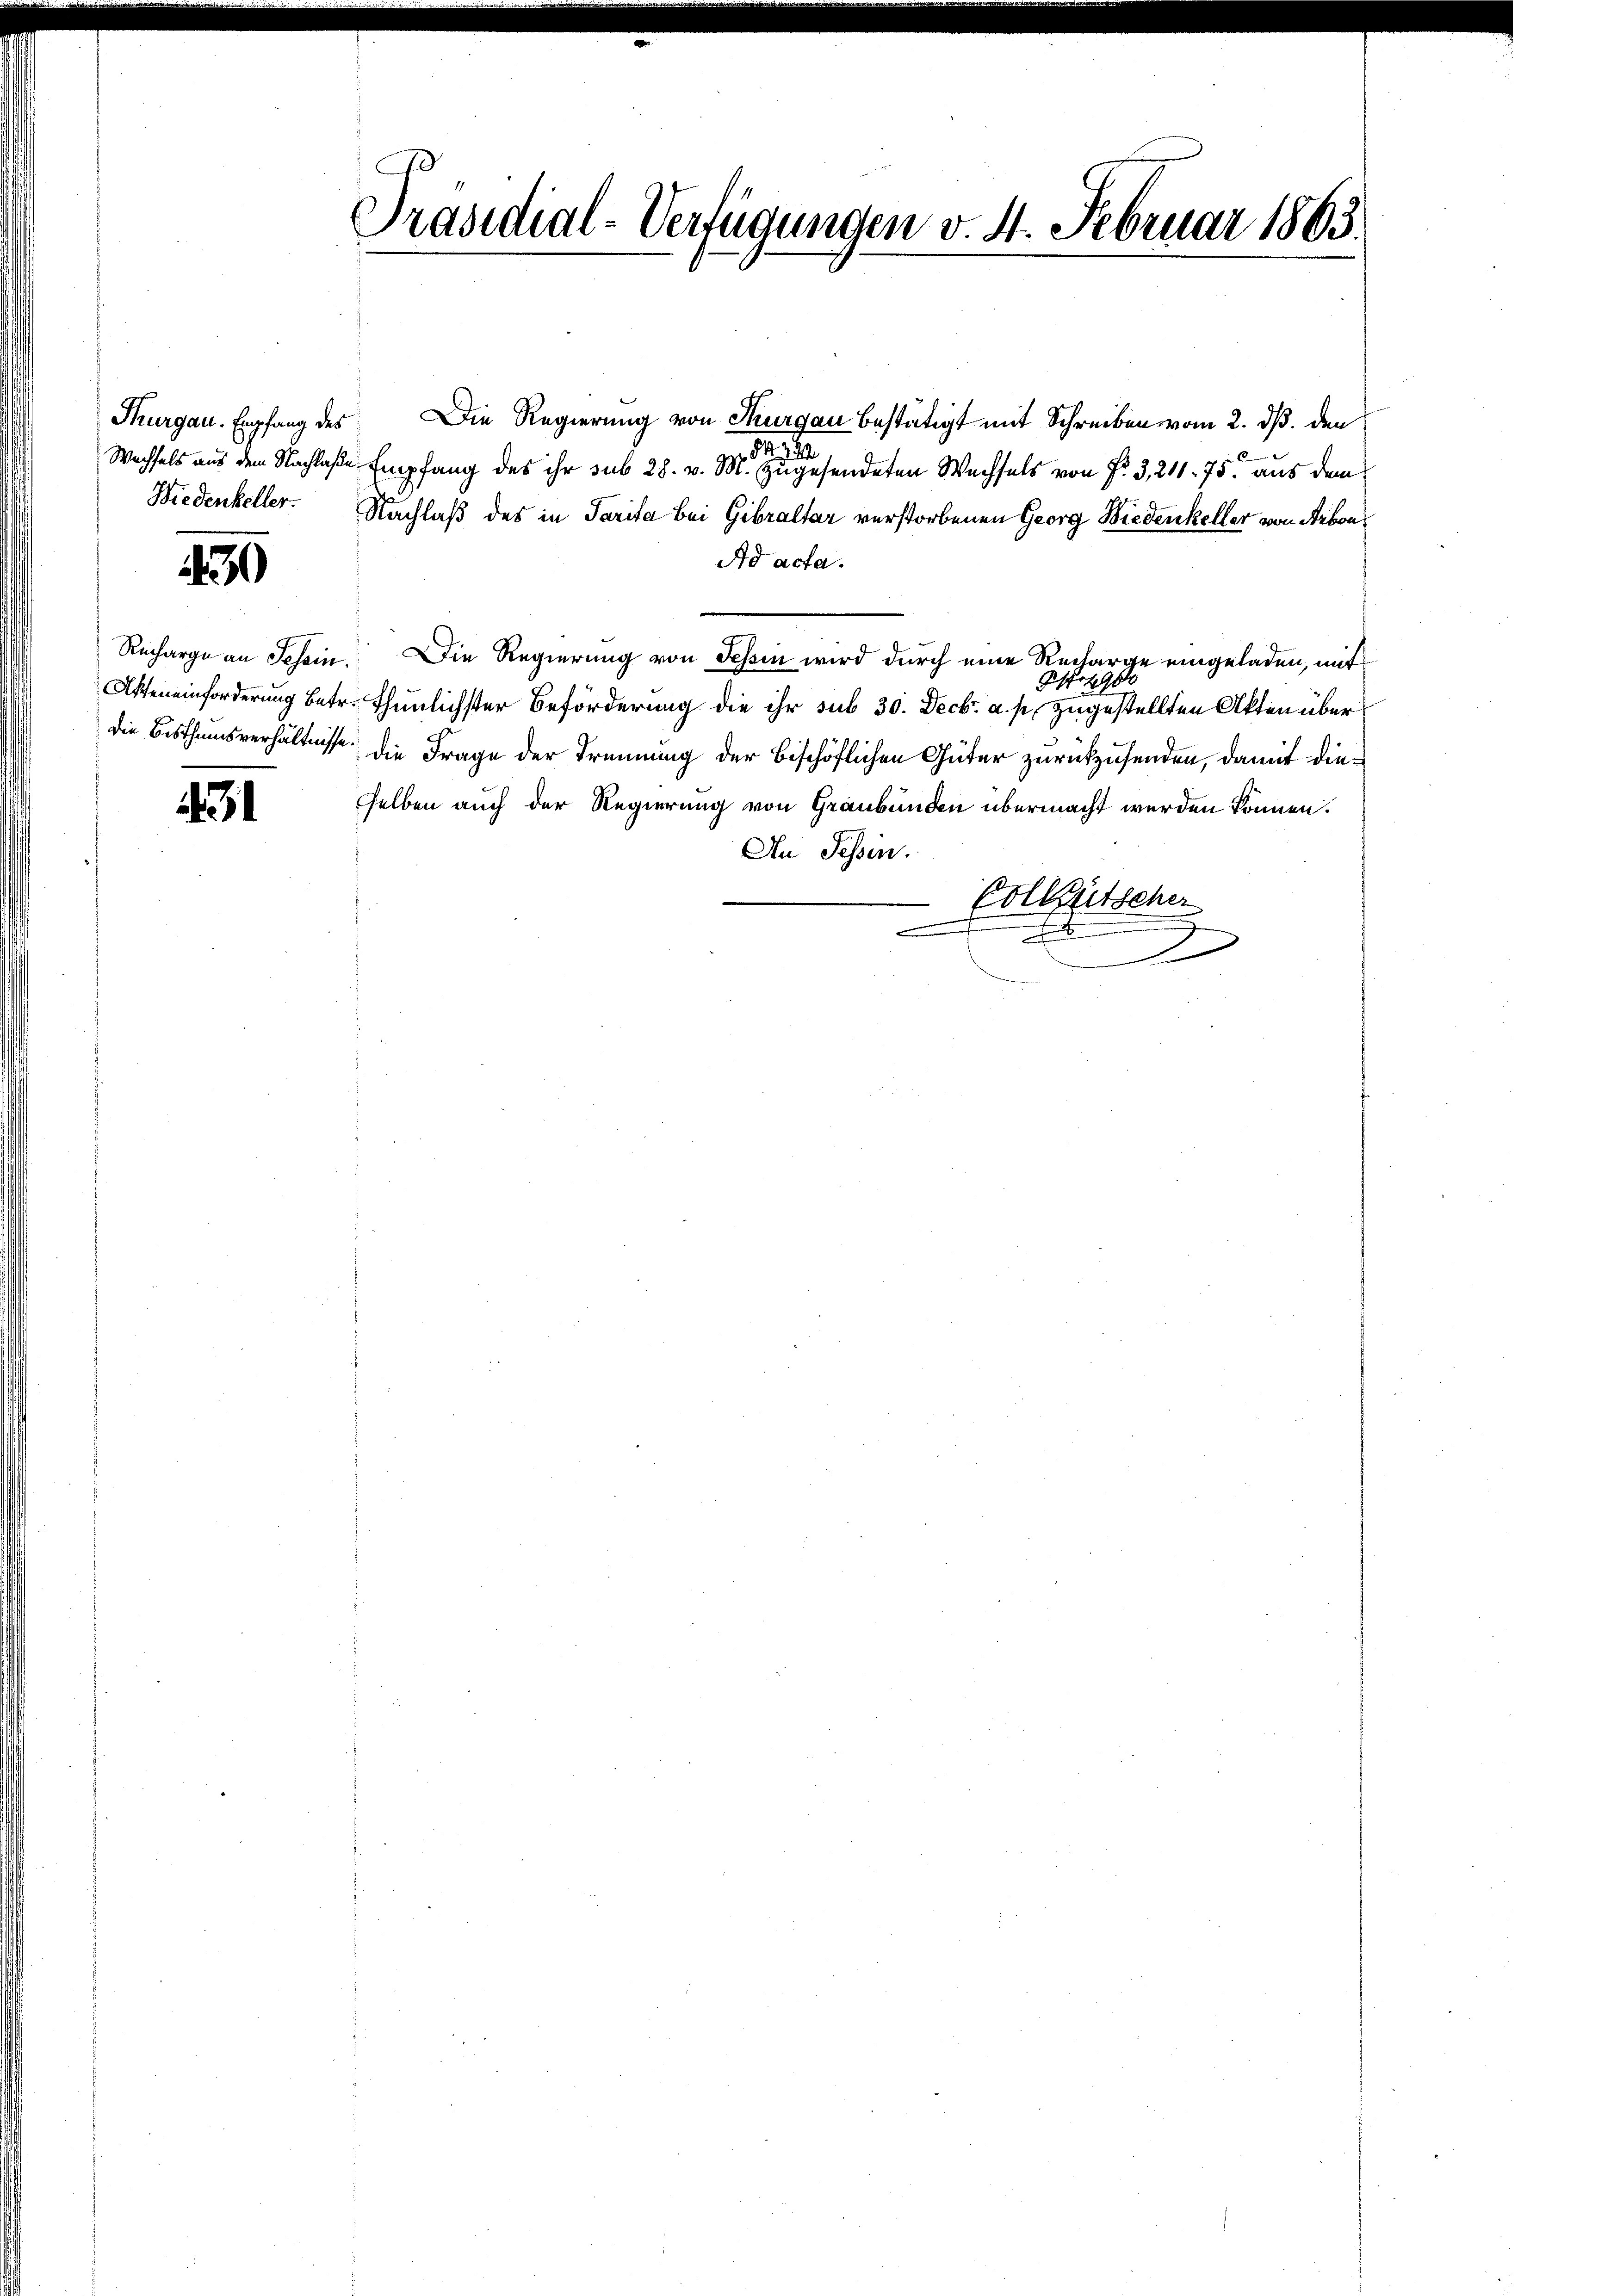
Biedenkeller.

450

31

Präsidial-Verfügungen v. 4. Februar 1863.

Thurgau. Empfang des Die Regierung von Thurgau bestätigt mit Schreiben vom 2. dß. den
112
Wechsels aus dem Nachlaße Empfang des ihr sub 28. v. M. zugesendeten Wechsels von f. 3, 211. 75. aus dem
Nachlaß des in Parita bei Gibraltar verstorbenen Georg Wiedenkeller von Arbon
Ad acta.
Recharge an Tessin. Die Regierung von Tessin wird durch eine Recharge eingeladen, mit
Pferde
Atheneinforderung betr. Thunlichster Beförderung die ihr sub 30. Decbr. a. p. zugestellten Akten über
die Bisthumsverhältnisse die Frage der Trennung der beschöflichen Güter zurückzusenden, damit dieselben auch der Regierung von Graubünden übermacht werden können.
An Tessin.
Volketscher
x
2